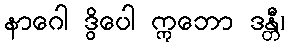
နာဂေါ ဒွိပေါ ဣဘော ဒန္တီ၊